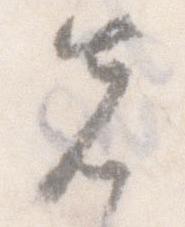
先